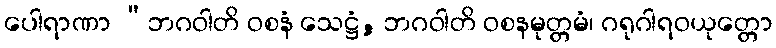
ပေါရာဏာ “ဘဂဝါတိ ဝစနံ သေဋ္ဌံ, ဘဂဝါတိ ဝစနမုတ္တမံ၊ ဂရုဂါရဝယုတ္တော